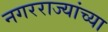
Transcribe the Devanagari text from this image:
नगरराज्यांच्या